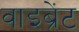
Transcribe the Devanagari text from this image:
वाइब्रेंट